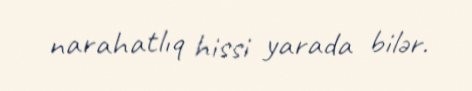
narahatlıq hissi yarada bilər.